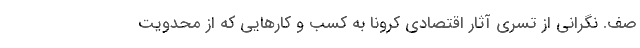
صف. نگرانی از تسری آثار اقتصادی کرونا به کسب و کارهایی که از محدویت